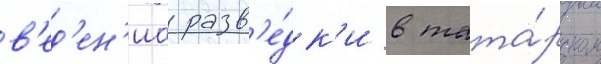
в'ед'ен'иа разв'е́дк'и в тата́рском